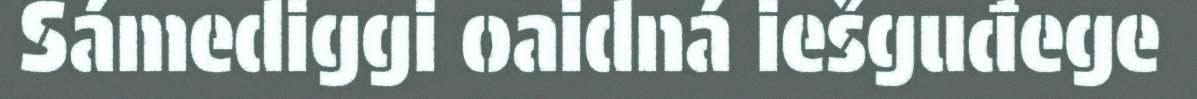
Sámediggi oaidná iešguđege